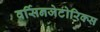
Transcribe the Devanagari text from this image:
वर्सिनजेटोरिक्स